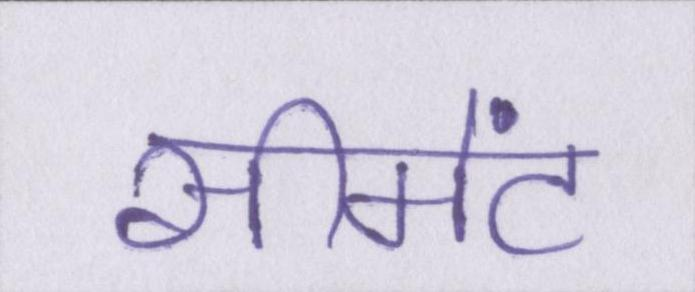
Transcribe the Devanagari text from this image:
सीमेंट